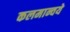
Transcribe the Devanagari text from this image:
कलमान्वये